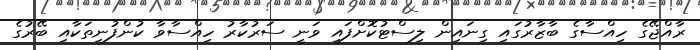
ރާއްޖޭގެ ހިއްސާގެ ބާޒާރުގައި ގިނައިން ލިސްޓުކޮށްފައި ވަނީ ސަރުކާރު ހިއްސާވާ ކުންފުނިތަކާއި ބޭރުގެ